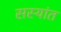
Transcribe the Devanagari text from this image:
सस्यांत